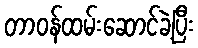
တာဝန်ထမ်းဆောင်ခဲ့ပြီး